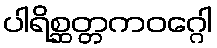
ပါရိစ္ဆတ္တကဝဂ္ဂေါ